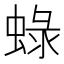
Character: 𧌍